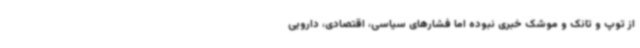
از توپ و تانک و موشک خبری نبوده اما فشارهای سیاسی، اقتصادی، دارویی